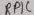
Text: RPIC